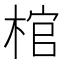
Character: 棺